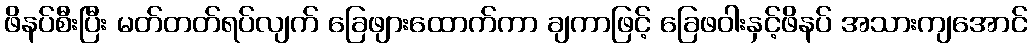
ဖိနပ်စီးပြီး မတ်တတ်ရပ်လျက် ခြေဖျားထောက်ကာ ချကာဖြင့် ခြေဖဝါးနှင့်ဖိနပ် အသားကျအောင်